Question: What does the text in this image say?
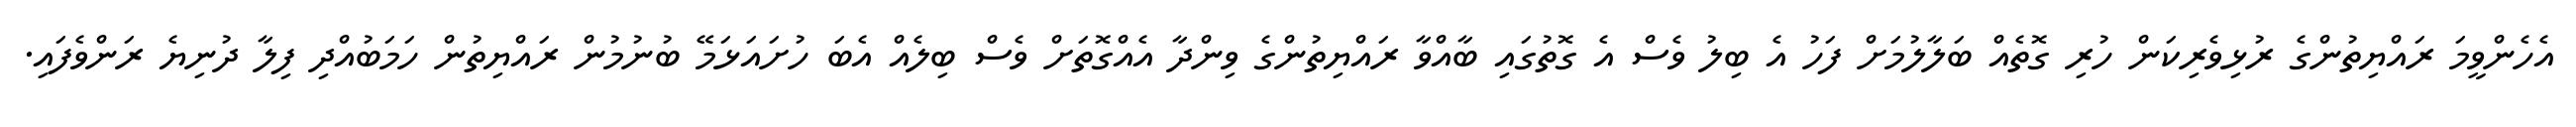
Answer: އެހެންވީމަ ރައްޔިތުންގެ ރުޅިވެރިކަން ހުރި ގޮތެއް ބަލާލުމަށް ފަހު އެ ބިލު ވެސް އެ ގޮތުގައި ބާއްވާ ރައްޔިތުންގެ ވިންދާ އެއްގޮތަށް ވެސް ބިލެއް އެބަ ހުށައަޅަމޭ ބުނުމުން ރައްޔިތުން ހަމަބުއްދި ފިލާ ދުނިޔެ ރަންވެފައި.